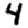
Digit: 4